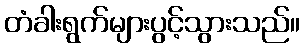
တံခါးရွက်များပွင့်သွားသည်။